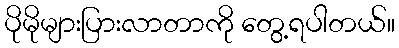
ပိုမိုများပြားလာတာကို တွေ့ရပါတယ်။